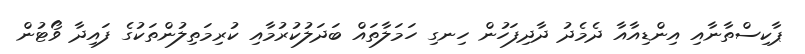
ޕާކިސްތާނާއި އިންޑިއާއާ ދެމެދު ދާދިފަހުން ހިނގި ހަމަލާތައް ބަދަލުކުރުމާއި ކުރިމަތިލުންތަކުގެ ފައިދާ ވޯޓުން